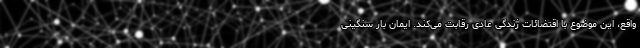
واقع، این موضوع با اقتضائات زندگی عادی‌ رقابت می‌کند. ایمان بار سنگینی